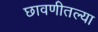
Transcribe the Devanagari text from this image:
छावणीतल्या